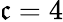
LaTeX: \mathfrak{c}=4